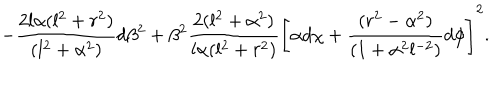
LaTeX: - { \frac { 2 l \alpha ( l ^ { 2 } + r ^ { 2 } ) } { ( l ^ { 2 } + \alpha ^ { 2 } ) } } d \beta ^ { 2 } + \beta ^ { 2 } { \frac { 2 ( l ^ { 2 } + \alpha ^ { 2 } ) } { l \alpha ( l ^ { 2 } + r ^ { 2 } ) } } \left[ \alpha d \chi + { \frac { ( r ^ { 2 } - \alpha ^ { 2 } ) } { ( 1 + \alpha ^ { 2 } l ^ { - 2 } ) } } d \phi \right] ^ { 2 } .